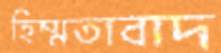
হিম্মতাবাদ